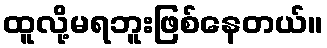
ထူလို့မရဘူးဖြစ်နေတယ်။